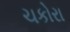
ચકોરા